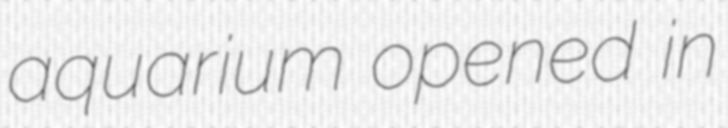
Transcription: aquarium opened in